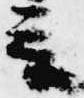
言